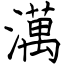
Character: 澫